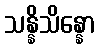
သန္နိသိန္နော